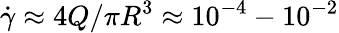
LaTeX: \dot{\gamma}\approx{4Q}/{\pi R^{3}}\approx 10^{-4}-10^{-2}